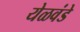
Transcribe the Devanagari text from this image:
येळवंडे